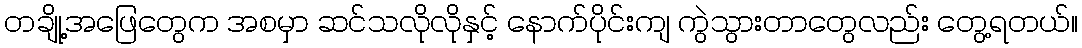
တချို့အဖြေတွေက အစမှာ ဆင်သလိုလိုနှင့် နောက်ပိုင်းကျ ကွဲသွားတာတွေလည်း တွေ့ရတယ်။